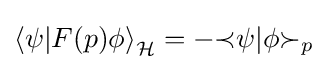
{\langle }\psi |F(p)\phi {\rangle }_{\mathcal {H}}=-{\prec }\psi |\phi {\succ }_{p}